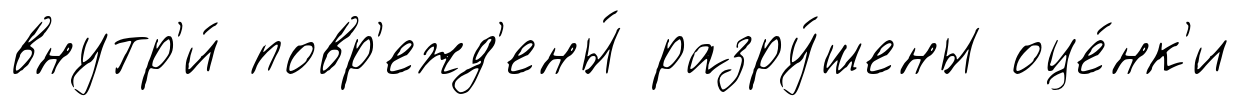
внутр'и́ повр'ежд'ены́ разру́шены оце́нк'и